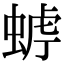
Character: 𧌧